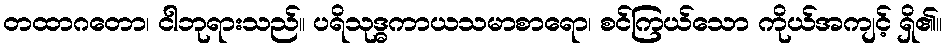
တထာဂတော၊ ငါဘုရားသည်။ ပရိသုဒ္ဓကာယသမာစာရော၊ စင်ကြယ်သော ကိုယ်အကျင့် ရှိ၏။